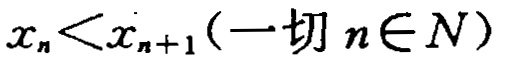
\(x_{n}<x_{n + 1}(\text{一切 }n\in N)\)